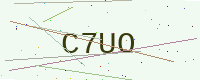
Text: C7UO